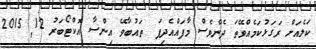
ކަލެއަށް ރަގަޅުކަމެއްވޭތަ ދެންވެސް މާފައްއެދިފަ  ތައުބާވޭ އިންސާ އޮކްޓޯބަރު 12